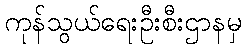
ကုန်သွယ်ရေးဦးစီးဌာနမှ